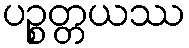
ပဉ္စတ္တယဿ